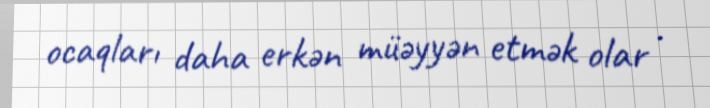
ocaqları daha erkən müəyyən etmək olar .